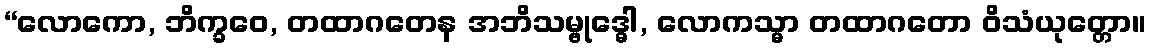
“လောကော, ဘိက္ခဝေ, တထာဂတေန အဘိသမ္ဗုဒ္ဓေါ, လောကသ္မာ တထာဂတော ဝိသံယုတ္တော။